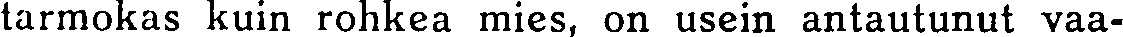
tarmokas kuin rohkea mies, on usein antautunut vaa-